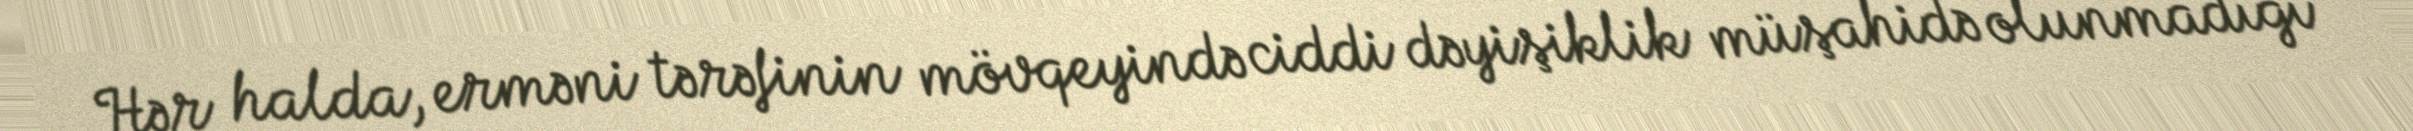
Hər halda, erməni tərəfinin mövqeyində ciddi dəyişiklik müşahidə olunmadığı